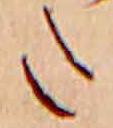
た